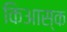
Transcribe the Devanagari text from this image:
किआस्क